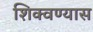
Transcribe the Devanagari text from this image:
शिक्वण्यास